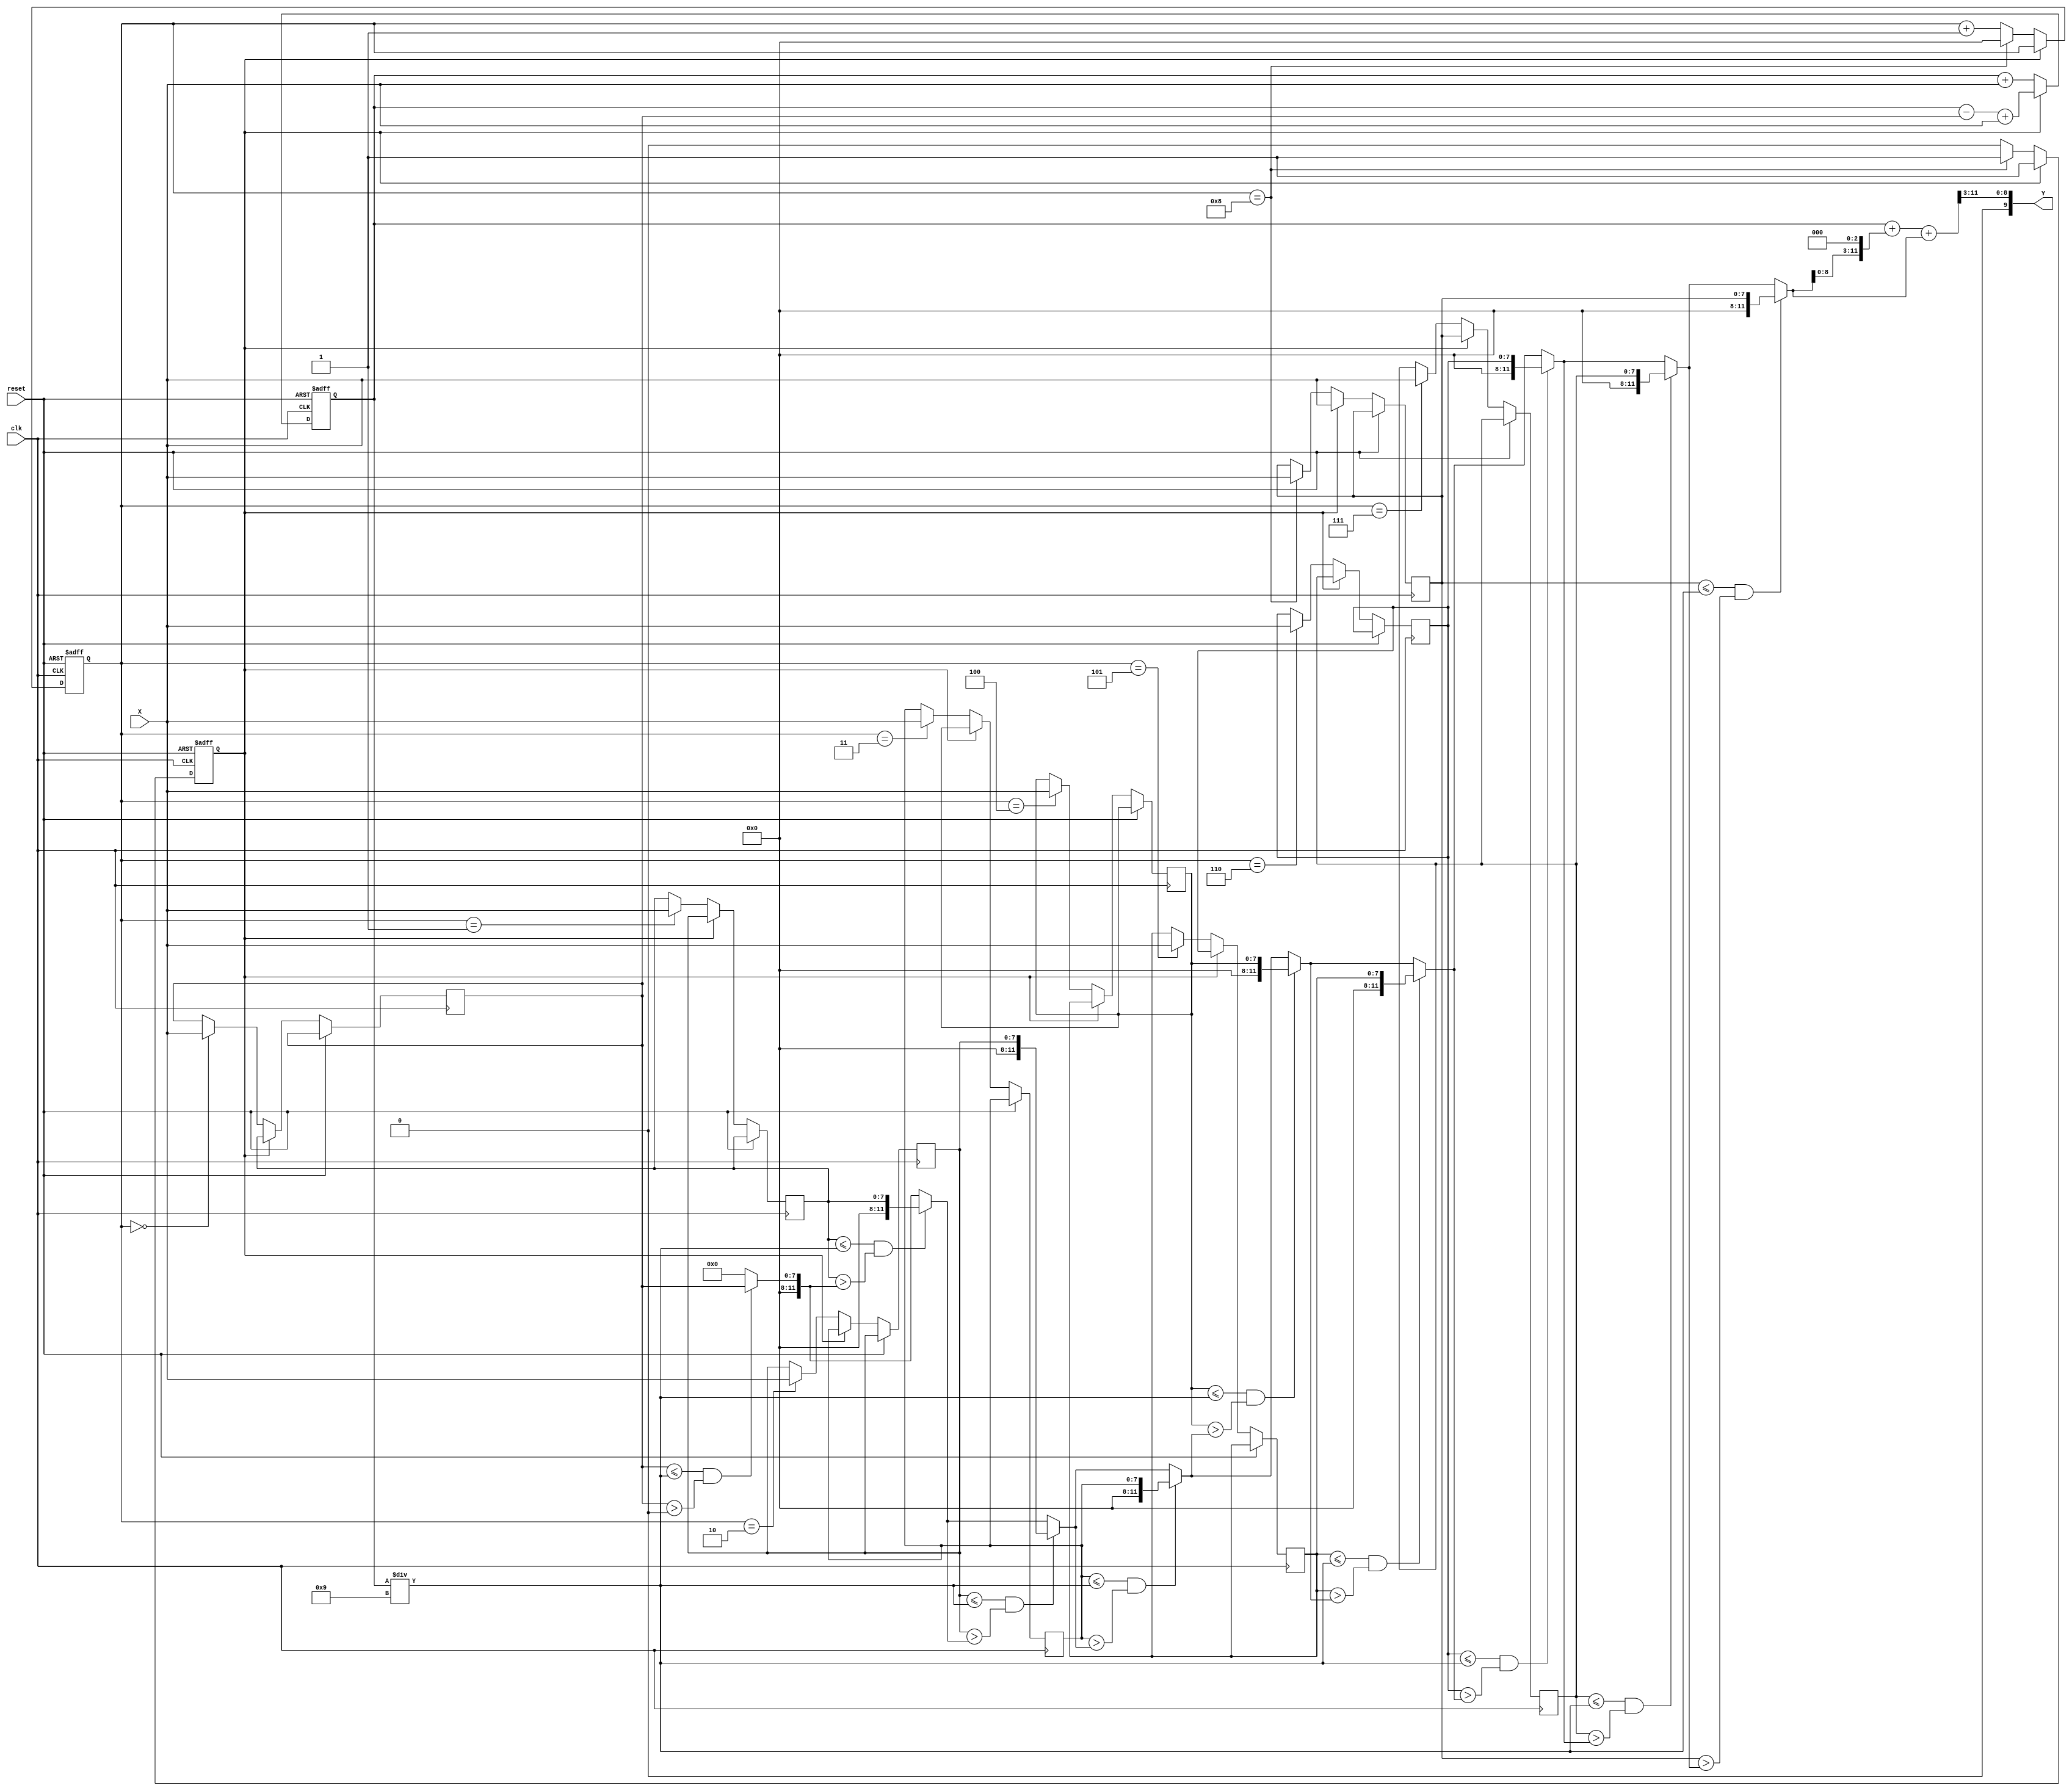
`timescale 1ns/10ps
/*
 * IC Contest Computational System (CS)
*/
module CS(Y, X, reset, clk);

input clk, reset; 
input [7:0] X;
output reg [9:0] Y;

reg [7:0] mem [8:0];
reg [10:0] sum;

integer i;
reg [11:0] Xappr;
reg state;
reg [3:0] cnt;

always@(posedge clk or posedge reset)
begin
     if(reset)
     begin
          sum<=0;
          i<=0;
          state<=0;
          cnt <= 0;
     end
     else
     begin
          if(state == 0)
          begin

              mem[cnt] <= X;
              sum <= sum + X;
              cnt <= cnt + 1;
              if(cnt == 8)
              begin
                   state <= 1;
                   cnt <= 0;
              end
          end
          else if(state == 1)
          begin
               for (i = 0;i<8;i=i+1) 
                    mem[i] <= mem[i+1];
               mem[8] <= X;
               sum <= sum - mem[0] + X;
          end
     end
end

always@(*)
begin
     Xappr = 0;
     for(i = 0;i<9;i=i+1)
     begin
          if((mem[i]<=sum/9)&&(mem[i]>Xappr))
              Xappr = mem[i];
     end
     Y = (sum+(Xappr<<3)+Xappr)>>3;
end 
endmodule